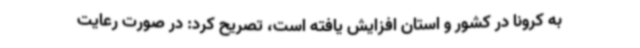
به کرونا در کشور و استان افزایش یافته است، تصریح کرد: در صورت رعایت